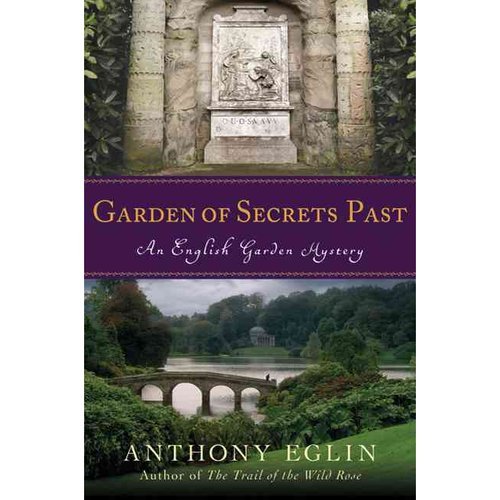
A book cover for Anthony Eglin'sGarden of Secrets Past: An English Garden Mystery (English Garden Mysteries) [Hardcover]2011; A., (Author) Eglin; Crafts, Hobbies & Home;